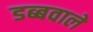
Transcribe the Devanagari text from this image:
डब्बवाले